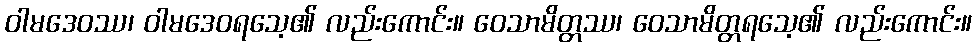
ဝါမဒေဝဿ၊ ဝါမဒေဝရသေ့၏ လည်းကောင်း။ ဝေသာမိတ္တဿ၊ ဝေသာမိတ္တရသေ့၏ လည်းကောင်း။